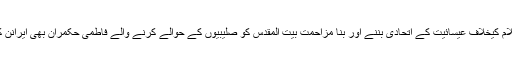
مصر میں عالم اسلام کیخلاف عیسائیت کے اتحادی بننے اور بنا مزاحمت بیت المقدس کو صلیبیوں کے حوالے کرنے والے فاطمی حکمران بھی ایرانن کے زیر اثر تھے۔